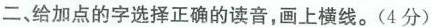
二、给加点的字选择正确的读音，画上横线。(4分)